Annual report of the Civil Veterinary Department, Bengal, and of the Bengal Veterinary College for the year 1905-1906 - 1905-1906
Year: 1905
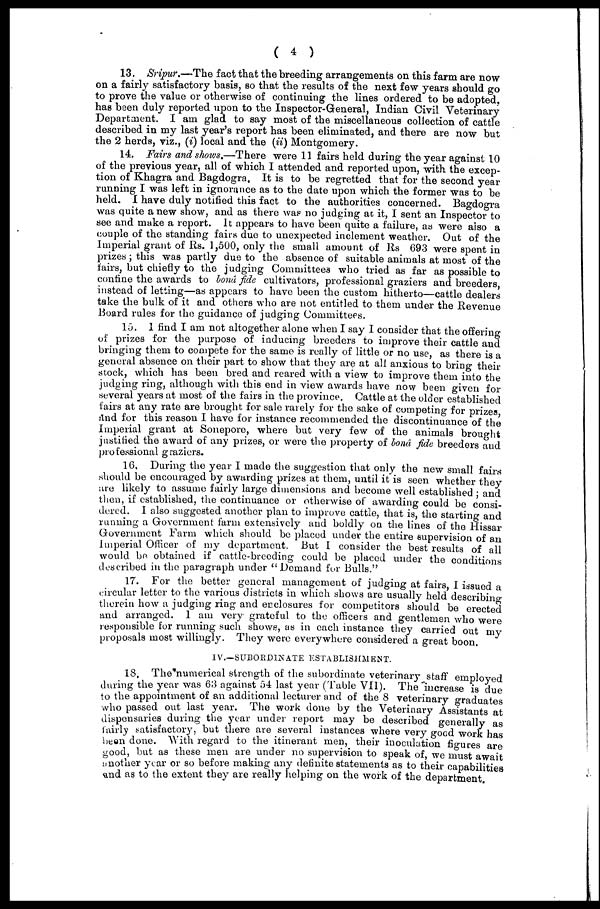
(4)
13. Sripur.—The fact that the breeding arrangements on this farm are now
on a fairly satisfactory basis, so that the results of the next few years should go
to prove the value or otherwise of continuing the lines ordered to be adopted,
has been duly reported upon to the Inspector-General, Indian Civil Veterinary
Department. I am glad to say most of the miscellaneous collection of cattle
described in my last year's report has been eliminated, and there are now but
the 2 herds, viz., (i) local and the (ii) Montgomery.
14. Fairs and shows.—There were 11 fairs held during the year against 10
of the previous year, all of which I attended and reported upon, with the excep-
tion of Khagra and Bagdogra. It is to be regretted that for the second year
running I was left in ignorance as to the date upon which the former was to be
held. I have duly notified this fact to the authorities concerned. Bagdogra
was quite anew show, and as there was no judging at it, I sent an Inspector to
see and make a report. It appears to have been quite a failure, as were also a
couple of the standing fairs due to unexpected inclement weather. Out of the
Imperial grant of Rs. 1,500, only the small amount of Rs 693 were spent in
prizes; this was partly due to the absence of suitable animals at most of the
fairs, but chiefly to the judging Committees who tried as far as possible to
confine the awards to bond fide cultivators, professional graziers and breeders
instead of letting—as appears to have been the custom hitherto—cattle dealers
take the bulk of it and others who are not entitled to them under the Revenue
Board rules for the guidance of judging Committees.
15. I find I am not altogether alone when I say I consider that the offering
of prizes for the purpose of inducing breeders to improve their cattle and
bringing them to compete for the same is really of little or no use, as there is a
general absence on their part to show that they are at all anxious to bring their
stock, which has been bred and reared with a view to improve them into the
judging ring, although with this end in view awards have now been given for
several years at most of the fairs in the province. Cattle at the older established
fairs at any rate are brought for sale rarely for the sake of competing for prizes
and for this reason I have for instance recommended the discontinuance of the
Imperial grant at Sonepore, where but very few of the animals brought
justified the award of any prizes, or were the property of bond fide breeders and
professional graziers.
16. During the year I made the suggestion that only the new small fairs
should be encouraged by awarding prizes at them, until it is seen whether they
are likely to assume fairly large dimensions and become well established; and
then, if established, the continuance or otherwise of awarding could be consi-
dered. I also suggested another plan to improve cattle, that is, the starting and
running a Government farm extensively and boldly on the lines of the Hissar
Government Farm which should be placed under the entire supervision of an
Imperial Officer of my department. But I consider the best results of all
would be obtained if cattle-breeding could be placed under the conditions
described in the paragraph under "Demand for Bulls."
17. For the better general management of judging at fairs, I issued a
circular letter to the various districts in which shows are usually held describing
therein how a judging ring and enclosures for competitors should be erected
and arranged. 1 am very grateful to the officers and gentlemen who were
responsible for running such shows, as in each instance they carried out mv
proposals most willingly. They were everywhere considered a great boon.
IV.—SUBORDINATE ESTABLISHMENT.
18. The numerical strength of the subordinate veterinary staff employed
during the year was 63 against 54 last year (Table VII). The increase is due
to the appointment of an additional lecturer and of the 8 veterinary graduates
who passed out last year. The work done by the Veterinary Assistants at
dispensaries during the year under report may be described generally as
fairly satisfactory, but there are several instances where very good work has
been done. With regard to the itinerant men, their inoculation figures are
good, but as these men are under no supervision to speak of, we must await
another year or so before making any definite statements as to their capabilities
and as to the extent they are really helping on the work of the department.